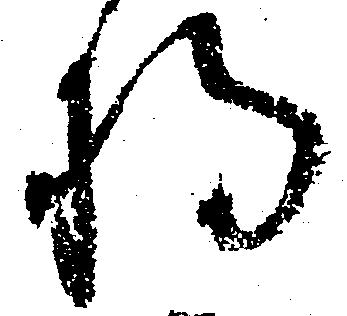
将